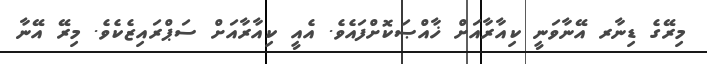
މިރޭގެ ޑިނާރ އޭނާވަނީ ކިއާރާއަށް ޚާއްޞަކޮށްފައެވެ. އެއީ ކިއާރާއަށް ސަޕްރައިޒެކެވެ. މިރޭ އޭނާ